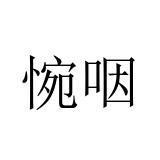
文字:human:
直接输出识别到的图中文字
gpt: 惋咽